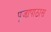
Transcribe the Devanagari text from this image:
पूजापाठास